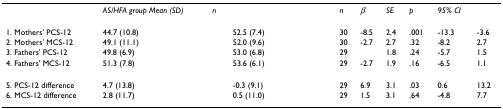
<table><thead><tr><td>[EMPTY_CELL]</td><td><b><i>AS/HFA group Mean (SD)</i></b></td><td><b><i>n</i></b></td><td>[EMPTY_CELL]</td><td><b><i>n</i></b></td><td><b><i>β</i></b></td><td><b><i>SE</i></b></td><td><b><i>p</i></b></td><td><b><i>95% CI</i></b></td><td>[EMPTY_CELL]</td></tr></thead><tbody><tr><td>1. Mothers' PCS-12</td><td>44.7 (10.8)</td><td>[EMPTY_CELL]</td><td>52.5 (7.4)</td><td>30</td><td>-8.5</td><td>2.4</td><td>.001</td><td>-13.3</td><td>-3.6</td></tr><tr><td>2. Mothers' MCS-12</td><td>49.1 (11.1)</td><td>[EMPTY_CELL]</td><td>52.0 (9.6)</td><td>30</td><td>-2.7</td><td>2.7</td><td>.32</td><td>-8.2</td><td>2.7</td></tr><tr><td>3. Fathers' PCS-12</td><td>49.8 (6.9)</td><td>[EMPTY_CELL]</td><td>53.0 (6.8)</td><td>29</td><td>[EMPTY_CELL]</td><td>1.8</td><td>.24</td><td>-5.7</td><td>1.5</td></tr><tr><td>4. Fathers' MCS-12</td><td>51.3 (7.8)</td><td>[EMPTY_CELL]</td><td>53.6 (6.1)</td><td>29</td><td>-2.7</td><td>1.9</td><td>.16</td><td>-6.5</td><td>1.1</td></tr><tr><td>5. PCS-12 difference</td><td>4.7 (13.8)</td><td>[EMPTY_CELL]</td><td>-0.3 (9.1)</td><td>29</td><td>6.9</td><td>3.1</td><td>.03</td><td>0.6</td><td>13.2</td></tr><tr><td>6. MCS-12 difference</td><td>2.8 (11.7)</td><td>[EMPTY_CELL]</td><td>0.5 (11.0)</td><td>29</td><td>1.5</td><td>3.1</td><td>.64</td><td>-4.8</td><td>7.7</td></tr></tbody></table>